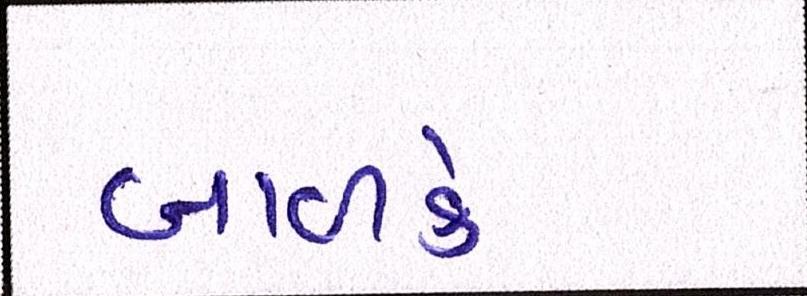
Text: બાળકે